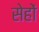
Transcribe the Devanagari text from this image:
सेहों